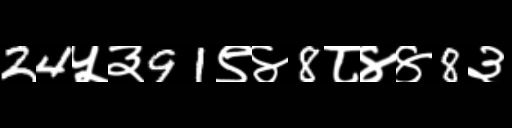
Text: 24५३91९४8८४४8३